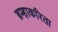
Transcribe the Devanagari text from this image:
ब्रम्हाकरिता